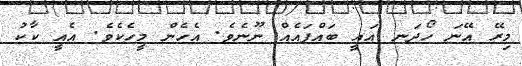
މިރޭ އޭނަ ހޯދަނ އައީ ބައްޕައެއް ނޫނެވެ. އެހެން މީހެކެވެ. އެއީ ކާކު